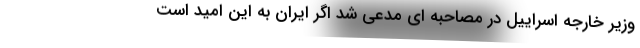
وزیر خارجه اسراییل در مصاحبه ای مدعی شد اگر ایران به این امید است